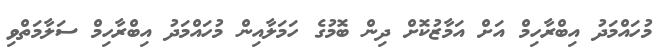
މުހައްމަދު އިބްރާހިމް އަށް އަމާޒުކޮށް ދިން ބޮމުގެ ހަމަލާއިން މުހައްމަދު އިބްރާހިމް ސަލާމަތްވި